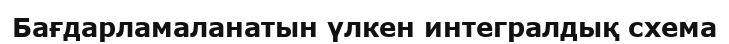
Бағдарламаланатын үлкен интегралдық схема